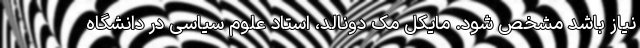
نیاز باشد مشخص شود. مایکل مک دونالد، استاد علوم سیاسی در دانشگاه